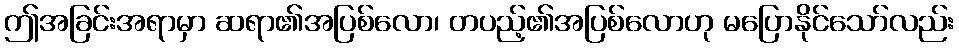
ဤအခြင်းအရာမှာ ဆရာ၏အပြစ်လော၊ တပည့်၏အပြစ်လောဟု မပြောနိုင်သော်လည်း